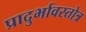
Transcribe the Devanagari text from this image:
प्रादुर्भावस्तोत्र